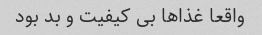
واقعا غذاها بی کیفیت و بد بود